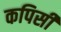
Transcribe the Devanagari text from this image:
कपिसी